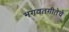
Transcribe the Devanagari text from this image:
भगवतगीतेचे